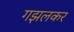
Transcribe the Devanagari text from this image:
गझलकर